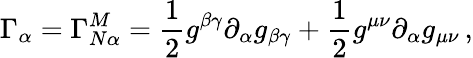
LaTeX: \Gamma_{\alpha}=\Gamma_{N\alpha}^{M}=\frac{1}{2}g^{\beta\gamma}\partial_{\alpha}g_{\beta\gamma}+\frac{1}{2}g^{\mu\nu}\partial_{\alpha}g_{\mu\nu}\, ,